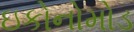
ઇકોનોમોડ